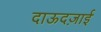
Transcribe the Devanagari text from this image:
दाऊदज़ाई